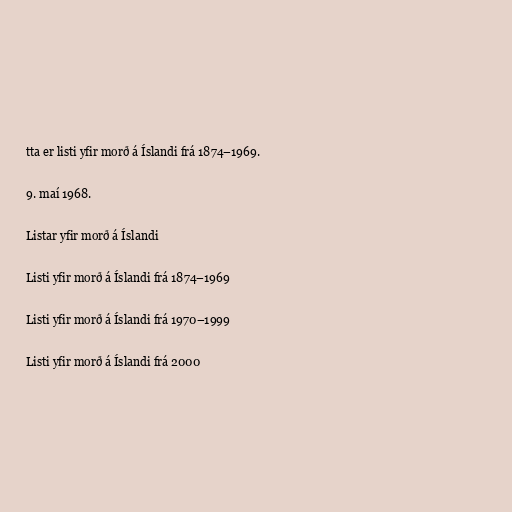
tta er listi yfir morð á Íslandi frá 1874–1969.

9. maí 1968.

Listar yfir morð á Íslandi

Listi yfir morð á Íslandi frá 1874–1969

Listi yfir morð á Íslandi frá 1970–1999

Listi yfir morð á Íslandi frá 2000